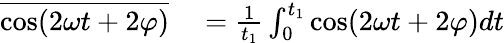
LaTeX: \begin{array}{rl}{\overline{{\cos(2\omega t+2\varphi)}}}&{{}=\frac 1{t_{1}}\int_{0}^{t_{1}}\cos(2\omega t+2\varphi)dt}\end{array}